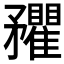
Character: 𥎡